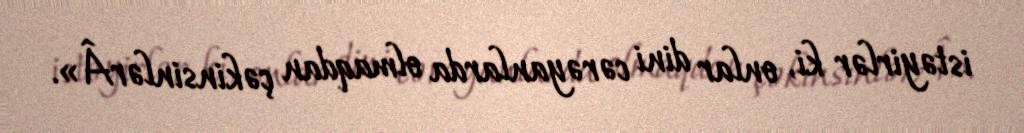
istəyirlər ki, onlar dini cərəyanlarda olmaqdan çəkinsinlərÂ».